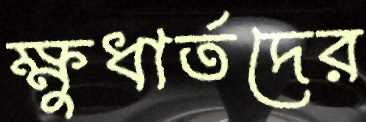
ক্ষুধার্তদের